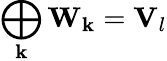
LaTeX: \bigoplus_{\mathbf{k}}\mathbf{{W}}_{\mathbf{k}}=\mathbf{{V}}_{l}